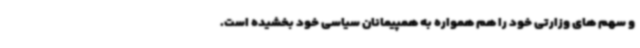
و سهم های وزارتی خود را هم همواره به همپیمانان سیاسی خود بخشیده است.